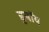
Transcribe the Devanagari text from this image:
डुबॉय